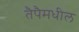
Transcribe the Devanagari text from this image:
तैपैमधील